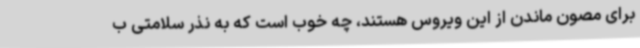
برای مصون ماندن از این ویروس هستند، چه خوب است که به نذر سلامتی ب